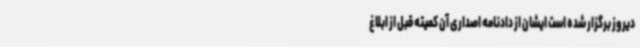
دیروز برگزار شده است ایشان از دادنامه اصداری آن کمیته قبل از ابلاغ